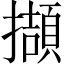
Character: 擷